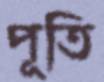
পূতি